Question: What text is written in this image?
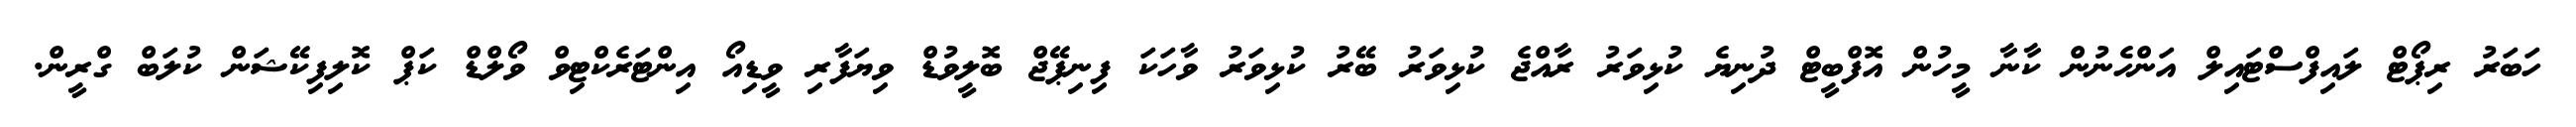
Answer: ހަބަރު ރިޕޯޓް ލައިފްސްޓައިލް އަންހެނުން ކާނާ މީހުން އޮފްބީޓް ދުނިޔެ ކުޅިވަރު ރާއްޖެ ކުޅިވަރު ބޭރު ކުޅިވަރު ވާހަކަ ފިނިޕޭޖް ބޮލީވުޑް ވިޔަފާރި ވީޑިއޯ އިންޓަރެކްޓިވް ވޯލްޑް ކަޕް ކޮލިފިކޭޝަން ކުލަބް ގްރީން.